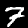
Label: 7